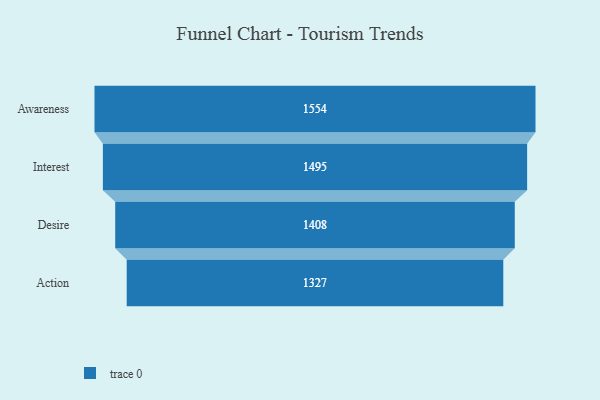
{"axis": {"x": "Stage", "y": "Value"}, "legend": [""], "data": [{"x": "Awareness", "y": 1554.0, "type": ""}, {"x": "Interest", "y": 1495.0, "type": ""}, {"x": "Desire", "y": 1408.0, "type": ""}, {"x": "Action", "y": 1327.0, "type": ""}]}